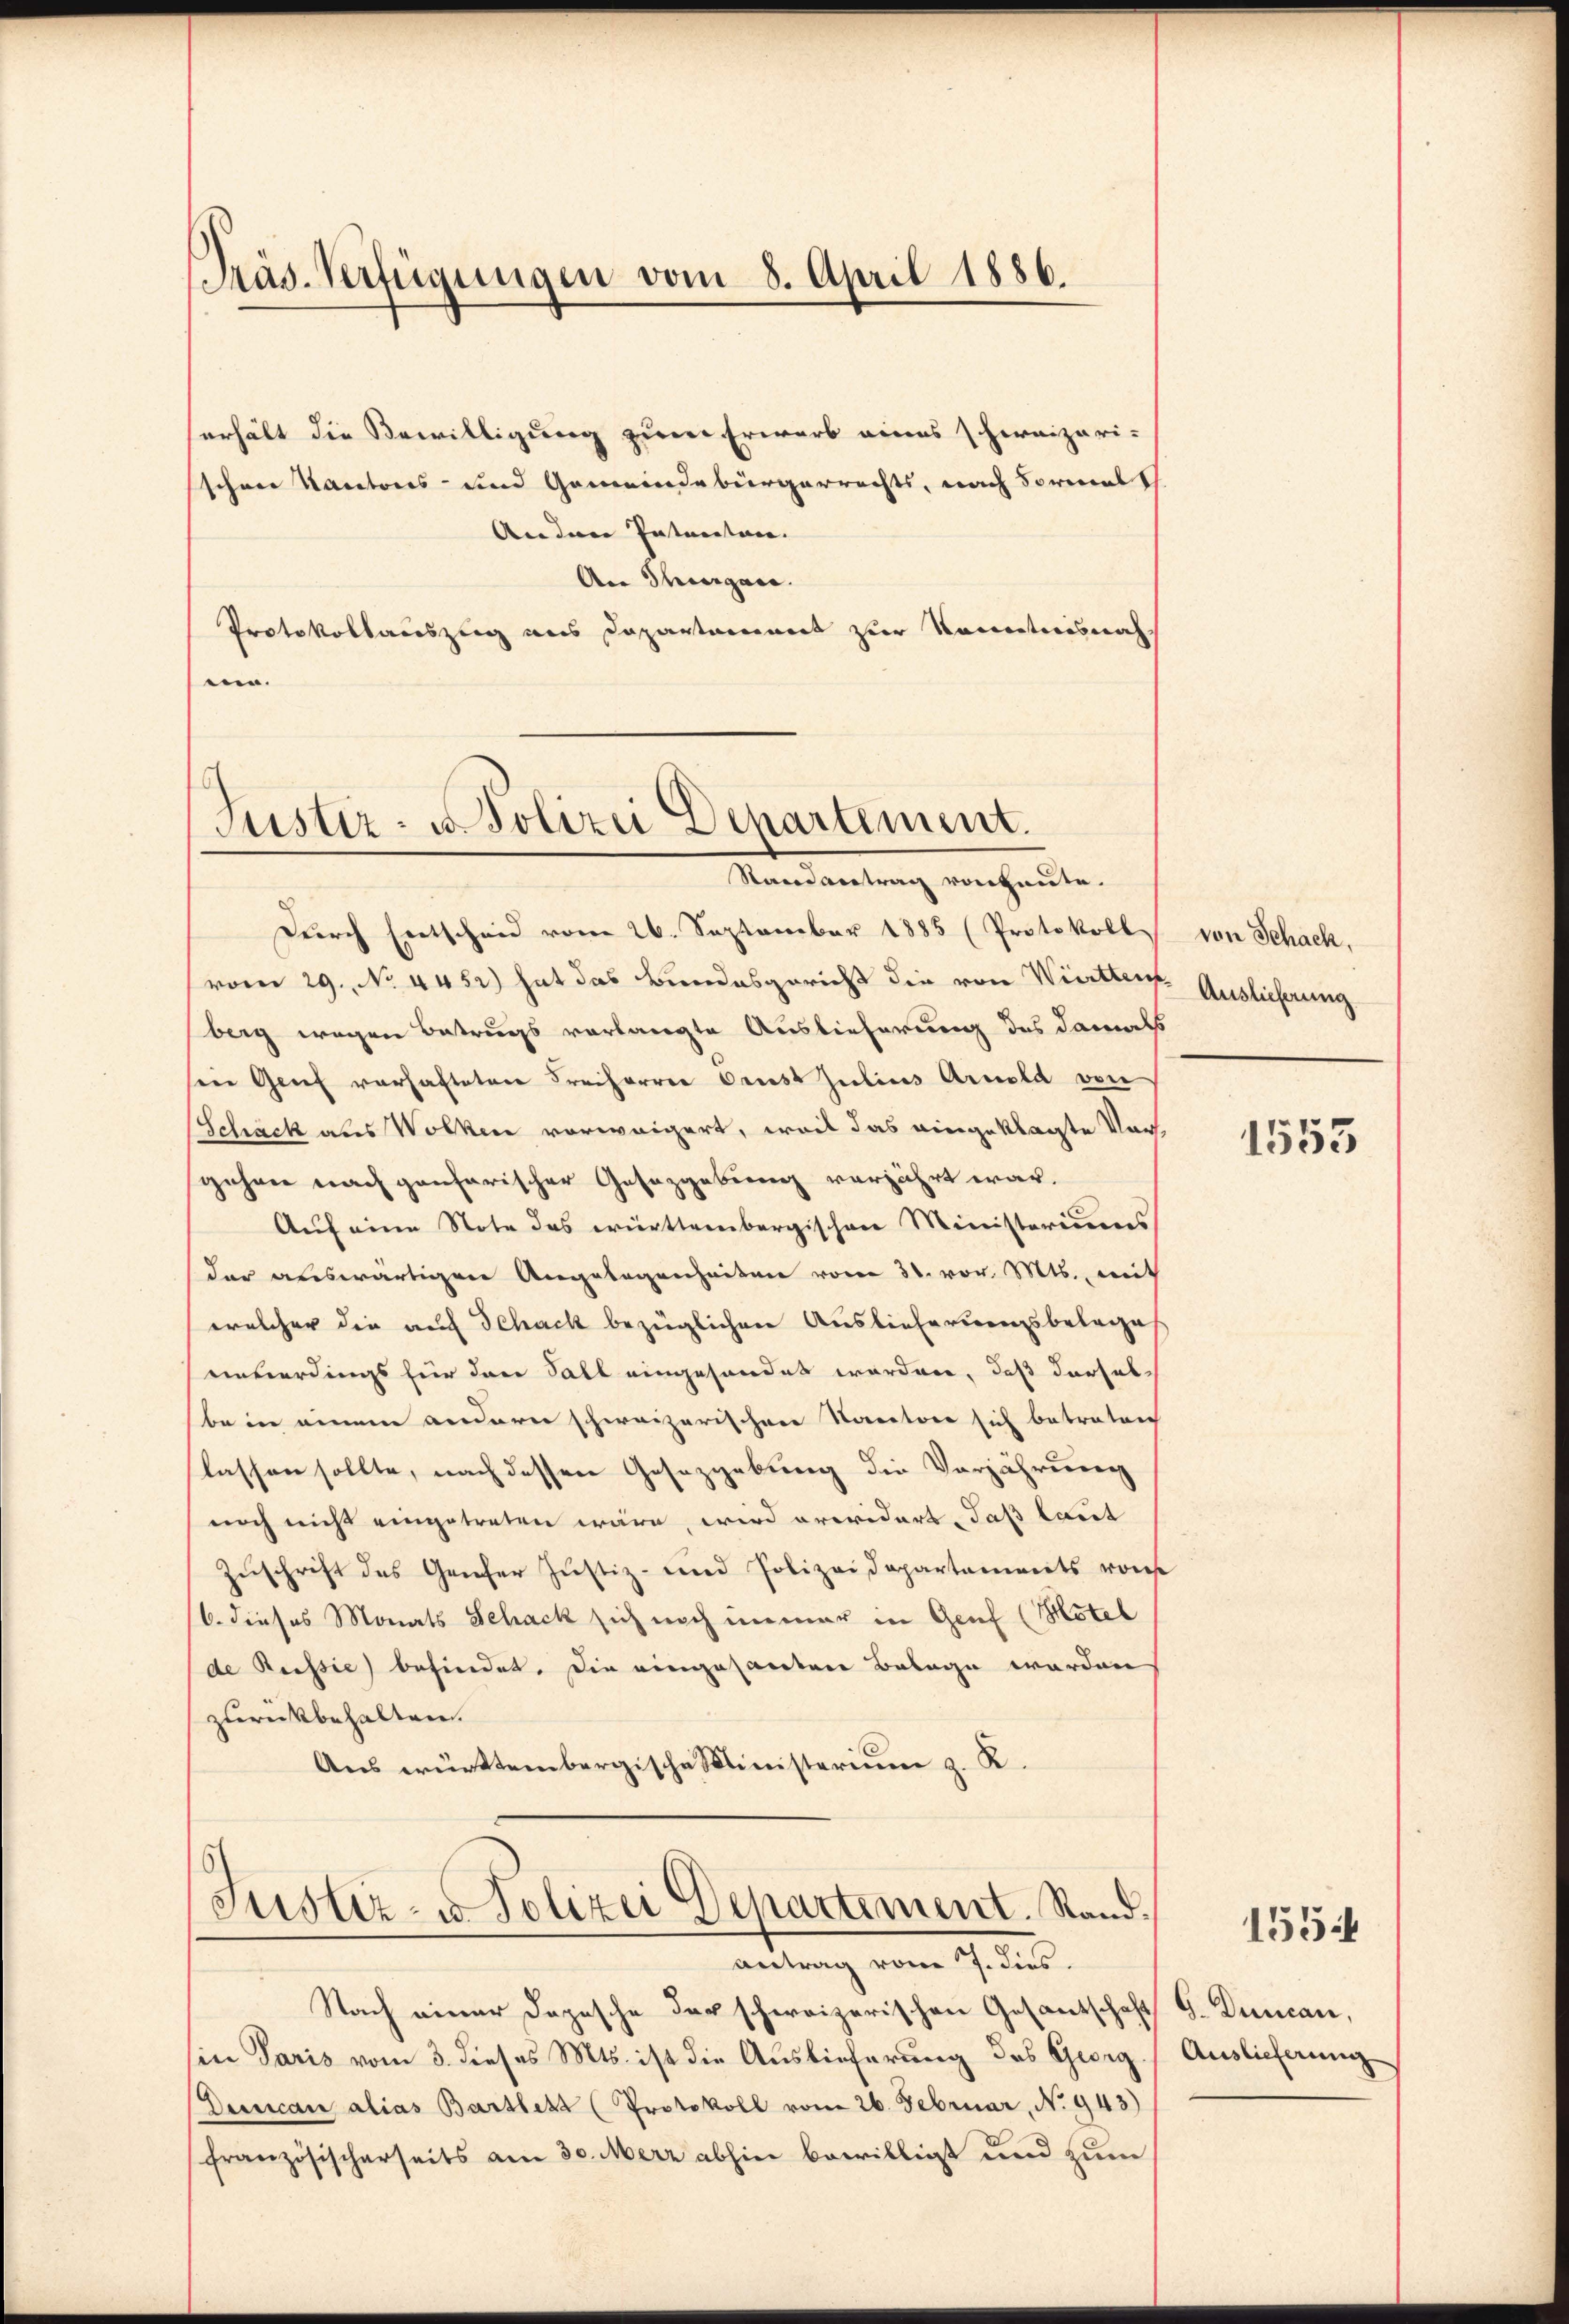
Präs. Verfügungen vom 8. April 1886.

erhält die Bewilligung zum Erwarb eines schweizeri-
schnee Kantons- und Gemeindebürgerrechts, nach Formals
Andere Entanten.
An Thurgau.
Protokollauszug aus Departammert zur Kenntnisnah
sen.

Justiz- u Polizei Departement.
Sandvertrag von heute.

Durch Entscheid vom 26. September 1885 (Protokoll
vom 29. No 4452) hat das Bundesgericht die von Württer Auslieferung
berg wegen Betrugs vorlangte Auslieferung des damals
sein Genf verhafteten Freiherrer Drust Julius Arnold von
Schäck aus Wolken vorweigert, weil das eingeklagte Vorgehen nach genarischer Gesazgebung verjährt war.
Auf eine Note das württembergischen Ministeriums
der auswärtigen Angelegenheiten vom 30. vor. Mts., mit
welcher die auf Schack bezüglichen Auslieferungsbelages
unverdings für den Fall eingehandet worden, daß dersel
be in einem anderer schweizerischen Saratore sich betraten
lassen sollte, nach dessen Gesetzgebung die Verjährung
noch nicht eingetreten wäre, wird providert, daß laut
Zuschrift des Genfer Justiz- und Polizeidepartements von
(6. dieses Monats Schack sich noch immer in Genf (Mötel
de Russich befindet. Die eingesanten Belage werden
zurückbehalten.
Aus württembergische Ministerium z. R.

Justiz- & Polizei Departement. Stand.
antrag vom 7. dies

Nach einer Depesche der schweizerischen Gesantschaft G. Duncan,
sin Paris vom 3. dieses Mts. ist die Auslieferung des Georg. Auslieferung
Decan alias Bartlekt (Protokoll vom 26. Februar, No 943)
französischerseits am 30. Merz abhin bewilligt und zum

von Schack

1553

1554